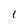
Character: 1